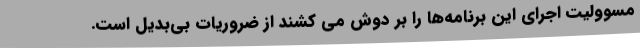
مسوولیت اجرای این برنامه‌ها را بر دوش می کشند از ضروریات بی‌بدیل است.